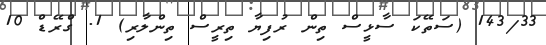
143/33 (ސަތޭކަ ސާޅީސް ތިން ރުފިޔާ ތިރީސް ތިންލާރި) 1. ގްރޭޑް 10